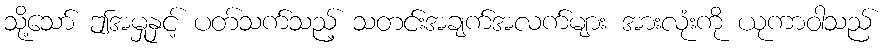
သို့သော် ဤအမှုနှင့် ပတ်သက်သည့် သတင်းအချက်အလက်များ အားလုံးကို ယုကာဝါသည်